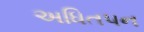
અધિતપન